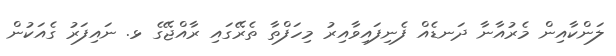
ލަންކާއިން މެރުއާނާ ދަނޑެއް ފެނިފައިވާއިރު މިހަފްތާ ތެރޭގައި ރާއްޖޭގެ ޅ. ނައިފަރު ގެއަކުން